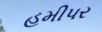
હમીપર